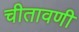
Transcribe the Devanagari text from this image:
चीतावणी